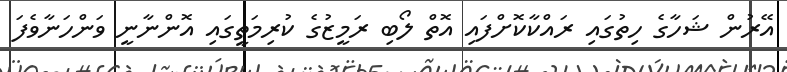
އޭރުން ޝަހާގެ ހިތުގައި ރައްކާކޮށްފައި އޮތް ލޯބި ރަމީޒުގެ ކުރިމަތީގައި އޮންނާނީ ވަންހަނާވެފަ